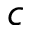
c